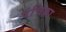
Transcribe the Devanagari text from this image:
पंचिक्रा